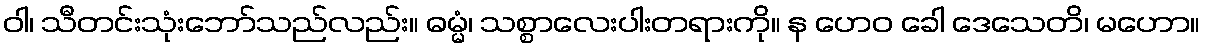
ဝါ၊ သီတင်းသုံးဘော်သည်လည်း။ ဓမ္မံ၊ သစ္စာလေးပါးတရားကို။ န ဟေဝ ခေါ ဒေသေတိ၊ မဟော။